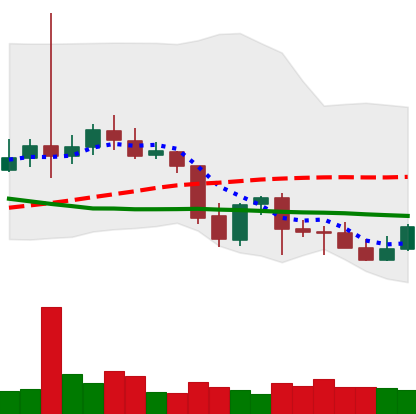
Ticker: LTC-USD
Chart end date: 2021-09-30
Forward return: 13.545%
Label: up_7plus